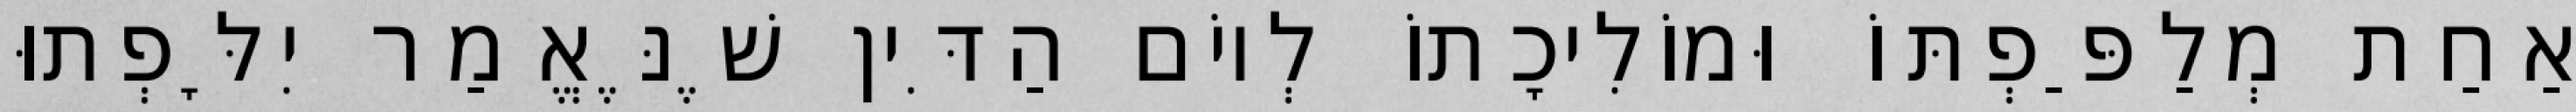
אַחַת מְלַפַּפְתּוֹ וּמוֹלִיכָתוֹ לְיוֹם הַדִּין שֶׁנֶּאֱמַר יִלָּפְתוּ